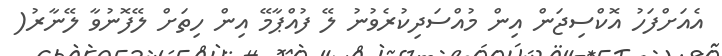
އެއަށްފަހު އޮކްސިޖަން އިން މުއްސަދިކުރެވުނު ލޭ ފުއްޕާމޭ އިން ހިތަށް ލޭފޮނުވާ ލޭނާރު(